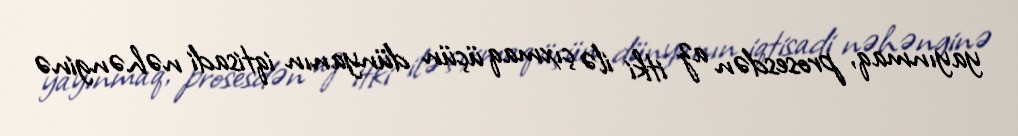
yayınmaq, prosesdən az itki ilə çıxmaq üçün dünyanın iqtisadi nəhənginə